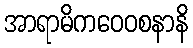
အာရာမိကဝေဝစနာနိ